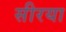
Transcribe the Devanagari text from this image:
सीरया